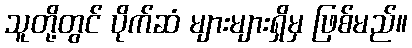
သူတို့တွင် ပိုက်ဆံ များများရှိမှ ဖြစ်မည်။